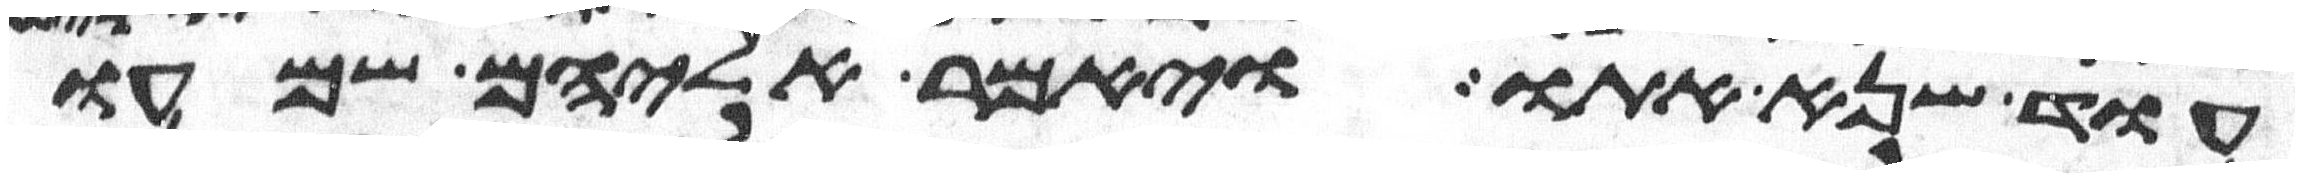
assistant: עוד שנא אתו ויאמר אליהם שמעו